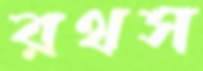
রথস